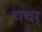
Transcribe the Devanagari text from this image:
चचर्